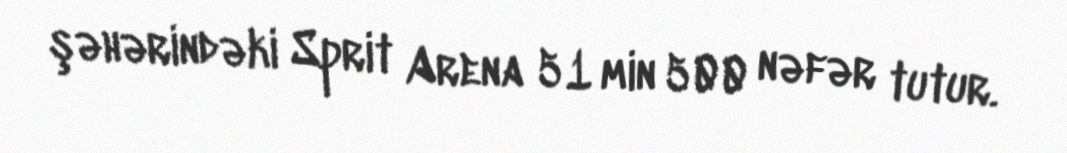
şəhərindəki Sprit Arena 51 min 500 nəfər tutur.